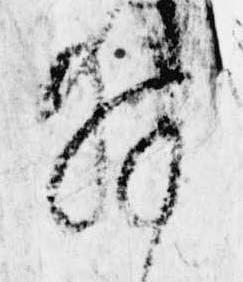
拝